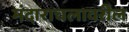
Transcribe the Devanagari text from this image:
मंदाराचलावरील